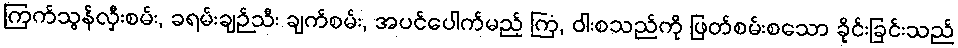
ကြက်သွန်လှီးစမ်း, ခရမ်းချဉ်သီး ချက်စမ်း, အပင်ပေါက်မည့် ကြံ, ဝါးစသည်ကို ဖြတ်စမ်းစသော ခိုင်းခြင်းသည်